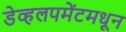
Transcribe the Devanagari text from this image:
डेव्हलपमेंटमधून